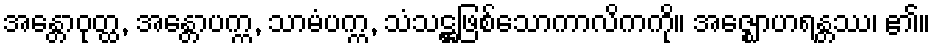
အန္တောဝုတ္ထ, အန္တောပက္က, သာမံပက္က, သံသဋ္ဌဖြစ်သောကာလိကကို။ အဇ္ဈောဟရန္တဿ၊ ၏။